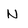
Character: N